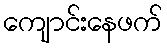
ကျောင်းနေဖက်